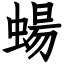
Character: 蝪